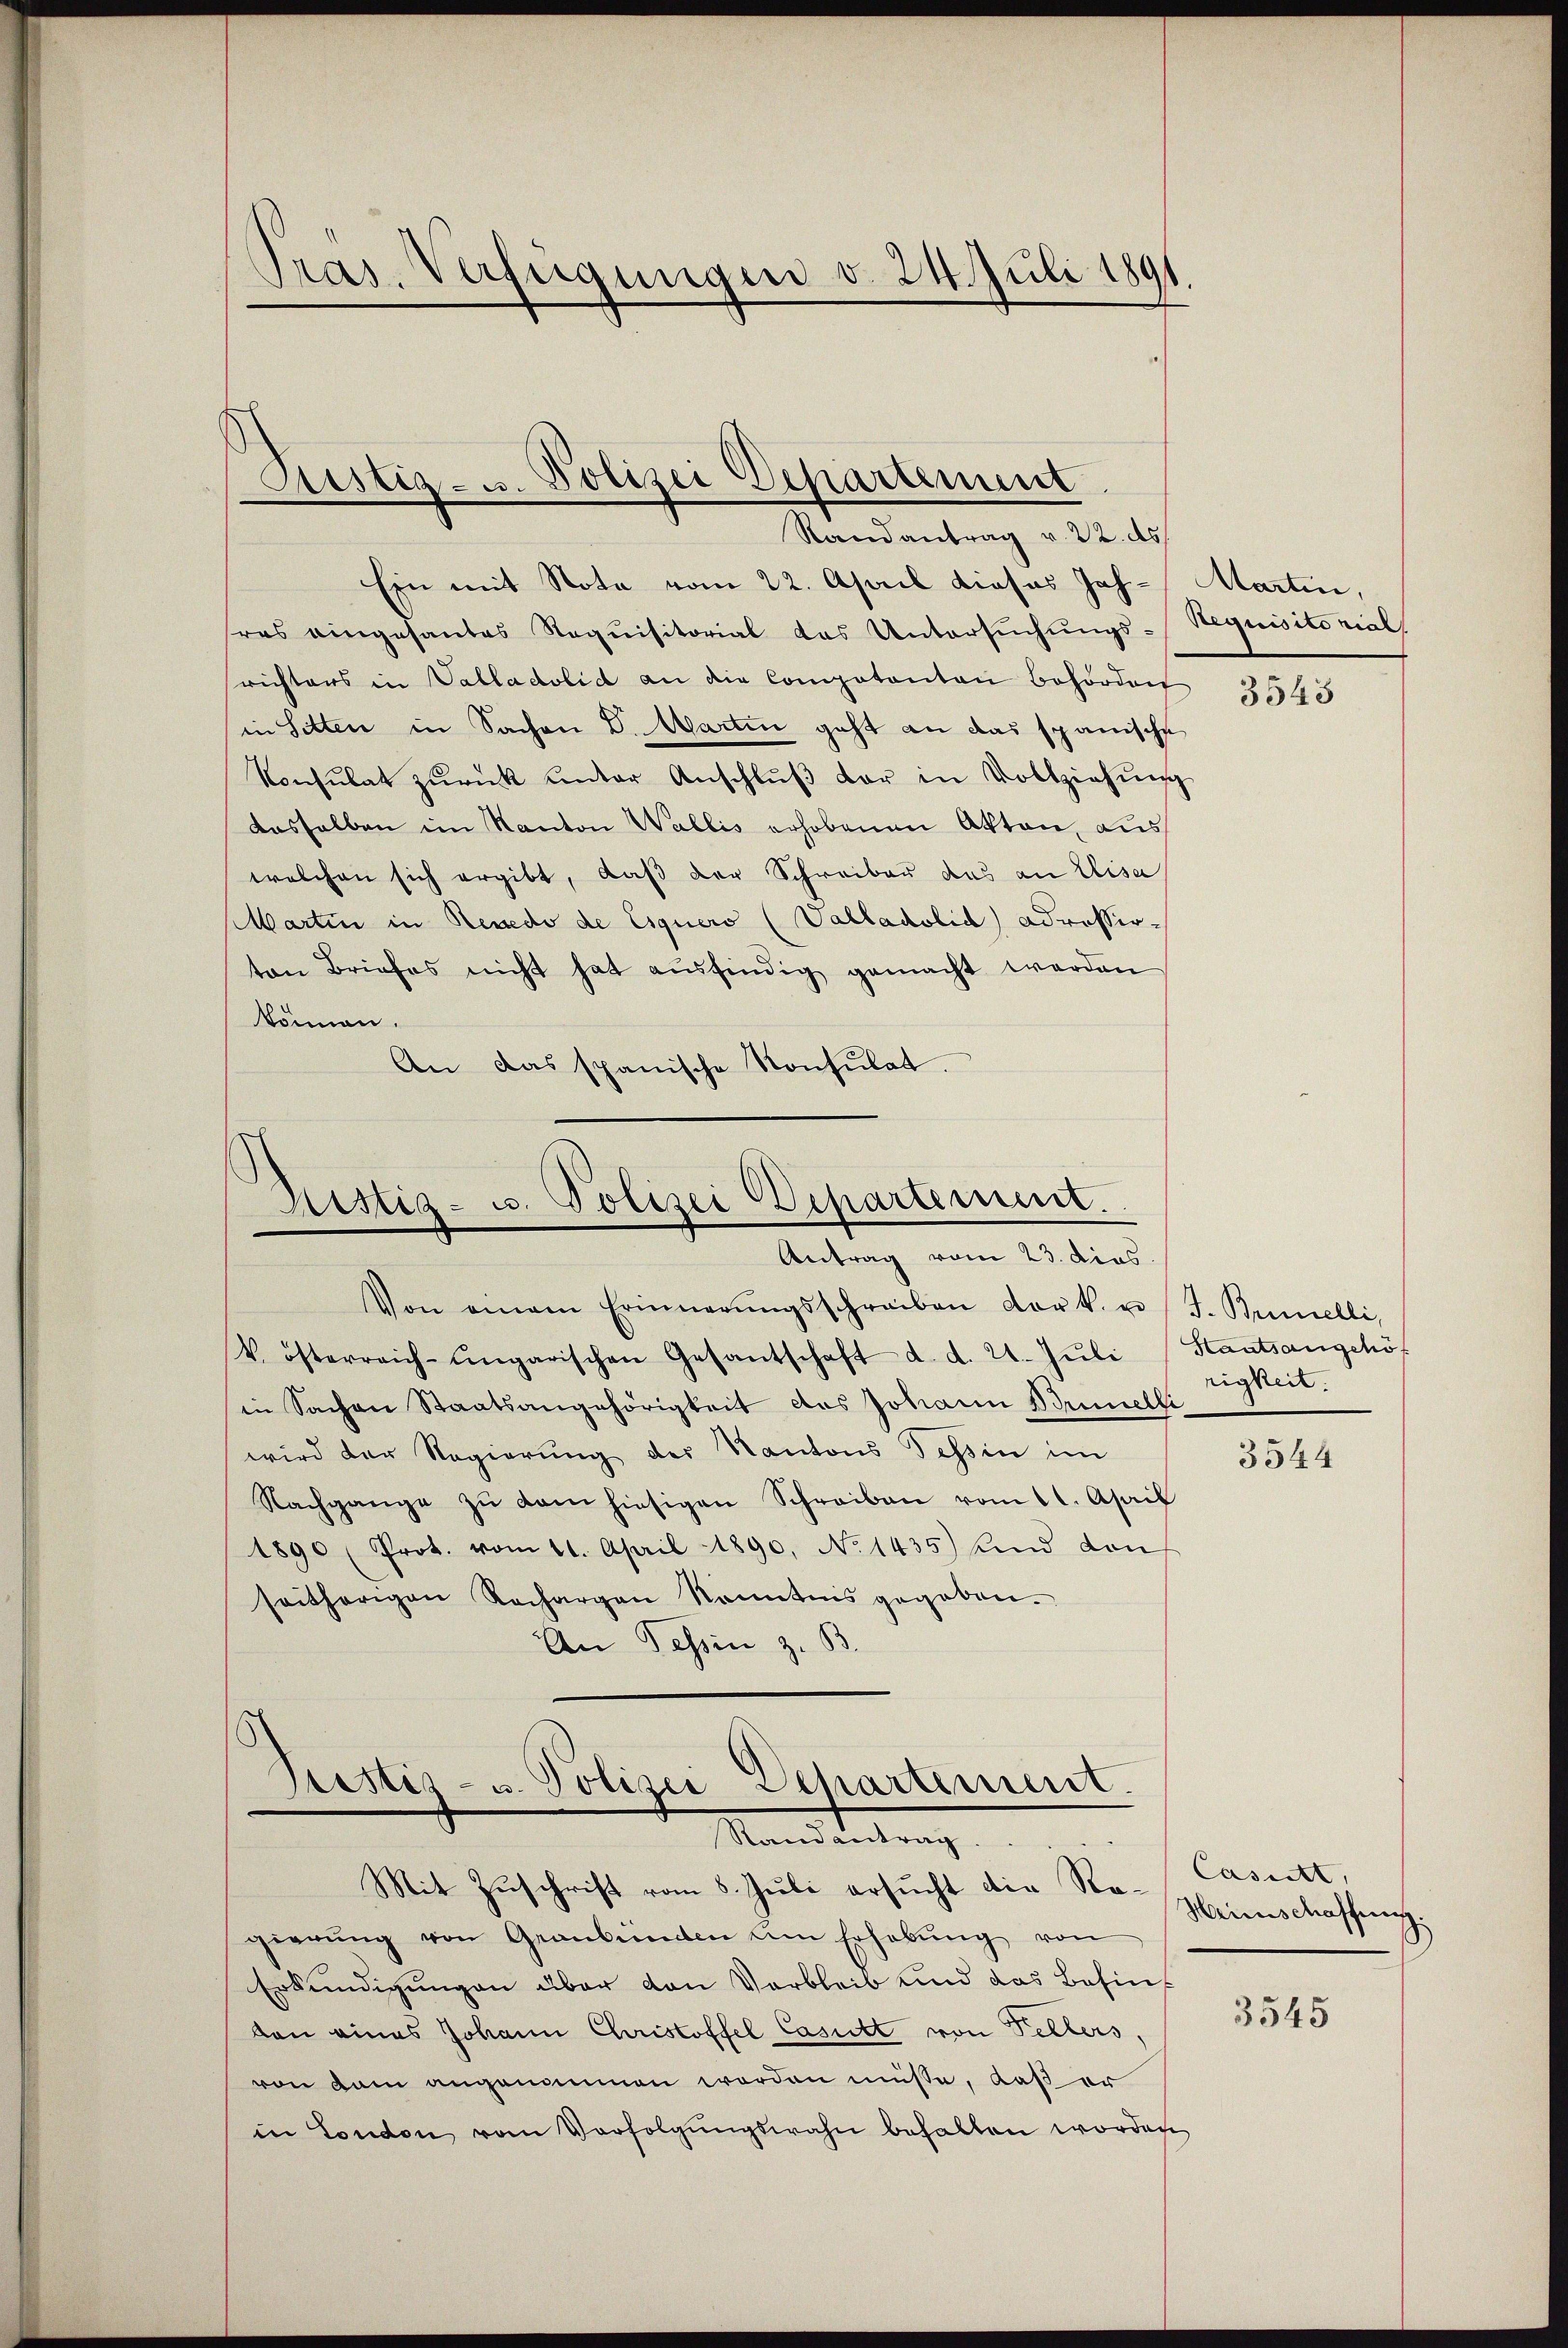
Pras. Verfügungen v. 24. Juli 1891

Justiz- u. Polizei Departement

Randantrag v. 22. ds.
Ein mit Note vom 22. April dieses Jah- Martin,
res eingesantes Requisitorial das Untersŭchŭngs-Requisitorial
richters in Valladolid an die Competenten Behörden
in Sitten in Sachen D. Martin geht an das spanische
Konsulat zŭrück unter Anschlŭβ der in Vollziehŭng
dasselben im Kanton Wallis erhobenen Akten, aus
welchen sich ergibt, daβ der Schreiber das an Elisa
Martin in Reuedo de Esquero (Valladolid) adressioton Briefes nicht hat ausfindig gemacht werden
können.
An das spanische Konsulat

Ristig- u. Polizei Departement.
Antrag vom 23. dies

Justiz- u. Polizei Departement.
Randantrag.
Mit Zuschrift vom 8. Juli ersucht die Sr. Heimschaffung.

Von einem Erinnerŭngsschreiben der k. u.
V. österreich-ungarischen Gesantschaft d. d. 21. Jŭli
in Sachen Staatsangehörigkeit des Johann Brinelli
wird der Regierung des Kantons Tessin im
Nachgange zŭ dem hiesigen Schreiben vom 11. April
1890 (Prot. vom 11. April 1890, No 1435) und von
seitherigen Rechargen Kenntnis gegeben.
An Tessin z. B.

gierŭng von Graubünden am Erhebŭng von
Erkundigungen über den Verbleib und das Besin
dan eines Johann Christoffel Casutt von Pellers,
von kam angenommen worden müsse, daß er
in London vom Verfolgŭngswahn behalten worden

3543

J. Brinelli,
Haatsangehöf
rigkeit.

3544

Casett,

3545